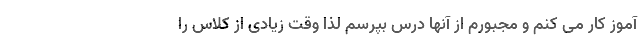
آموز کار می کنم و مجبورم از آنها درس بپرسم لذا وقت زیادی از کلاس را